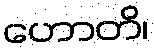
ဟောတိ၊